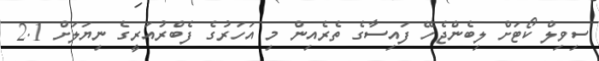
ސިވިލް ކޯޓަށް ލިބެންޖެހޭ ފައިސާގެ ތެރެއިން މި އަހަރުގެ ފެބްރުއަރީގެ ނިޔަލަށް 2.1